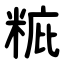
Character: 䊌